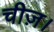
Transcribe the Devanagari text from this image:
चीज़।